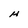
Character: H